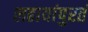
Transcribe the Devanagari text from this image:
लढायांपुरतं